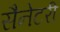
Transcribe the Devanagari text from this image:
सैनेटरी